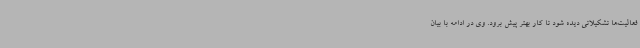
فعالیت‌ها تشکیلاتی دیده شود تا کار بهتر پیش برود. وی در ادامه با بیان